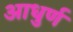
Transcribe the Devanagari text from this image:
आधुर्ण